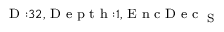
_ { \textrm { D } : 3 2 , \textrm { D e p t h } : 1 , \textrm { E n c D e c } _ { \textrm { S } } }